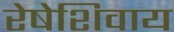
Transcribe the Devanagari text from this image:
रेषेशिवाय